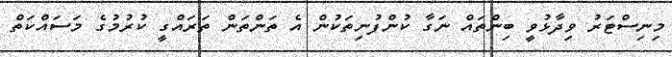
މިނިސްޓަރު ވިދާޅުވީ ބިންތައް ނަގާ ކުންފުނިތަކުން އެ ތަންތަން ތަރައްގީ ކުރުމުގެ މަސައްކަތް